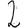
Digit: 2